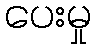
ပေးမှု